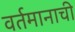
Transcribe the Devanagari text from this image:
वर्तमानाची